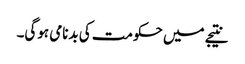
نتیجے میں حکومت کی بدنامی ہوگی۔